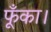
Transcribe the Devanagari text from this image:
फूँका।